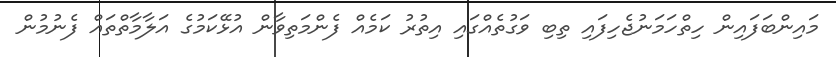
މައިންބަފައިން ހިތްހަމަނުޖެހިފައި ތިބި ވަގުތެއްގައި އިތުރު ކަމެއް ފެންމަތިވާން އުޅޭކަމުގެ އަލާމާތްތައް ފެނުމުން